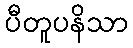
ပီတူပနိသာ